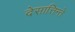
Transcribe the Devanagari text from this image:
देसात्तिन्ते